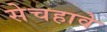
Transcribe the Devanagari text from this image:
सेचहावे